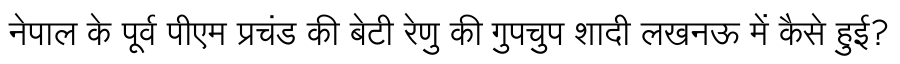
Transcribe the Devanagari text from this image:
नेपाल के पूर्व पीएम प्रचंड की बेटी रेणु की गुपचुप शादी लखनऊ में कैसे हुई?